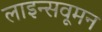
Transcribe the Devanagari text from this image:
लाइन्सवूमन